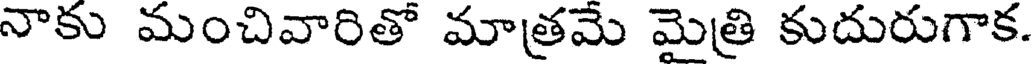
నాకు మంచివారితో మాత్రమె మైత్రి కుదురుగాక.